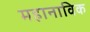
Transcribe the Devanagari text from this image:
महानाविक